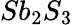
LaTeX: Sb_{2}S_{3}